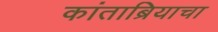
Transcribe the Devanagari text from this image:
कांताब्रियाचा